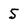
Character: 5